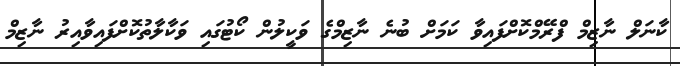
ކާނަލް ނާޒިމް ފްރޭމްކޮށްފައިވާ ކަމަށް ބުނެ ނާޒިމްގެ ވަކީލުން ކޯޓުގައި ވަކާލާތުކޮށްފައިވާއިރު ނާޒިމް